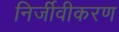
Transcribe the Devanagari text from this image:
निर्जीवीकरण